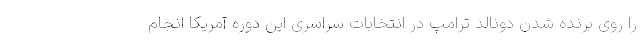
را روی برنده شدن دونالد ترامپ در انتخابات سراسری این دوره آمریکا انجام